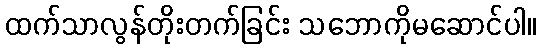
ထက်သာလွန်တိုးတက်ခြင်း သဘောကိုမဆောင်ပါ။